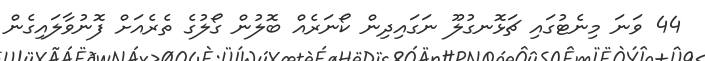
44 ވަނަ މިނެޓުގައި ޗަޅޮނގުލޫ ނަގައިދިން ކޯނަރެއް ބޮލުން ގޯލުގެ ތެރެއަށް ފޮނުވާލައިގެން